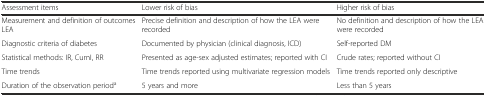
| Assessment items | Lower risk of bias | Higher risk of bias |
 | --- | --- | --- |
 | Measurement and definition of outcomes LEA | Precise definition and description of how the LEA were recorded | No definition and description of how the LEA were recorded |
 | Diagnostic criteria of diabetes | Documented by physician (clinical diagnosis, ICD) | Self-reported DM |
 | Statistical methods: IR, CumI, RR | Presented as age-sex adjusted estimates; reported with CI | Crude rates; reported without CI |
 | Time trends | Time trends reported using multivariate regression models | Time trends reported only descriptive |
 | Duration of the observation perioda | 5 years and more | Less than 5 years |